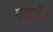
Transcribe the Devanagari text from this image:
प्युजेट